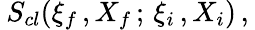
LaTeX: \: S_{cl}(\xi_{f}\, ,X_{f}\, ;\, \xi_{i}\, ,X_{i})\, ,\: